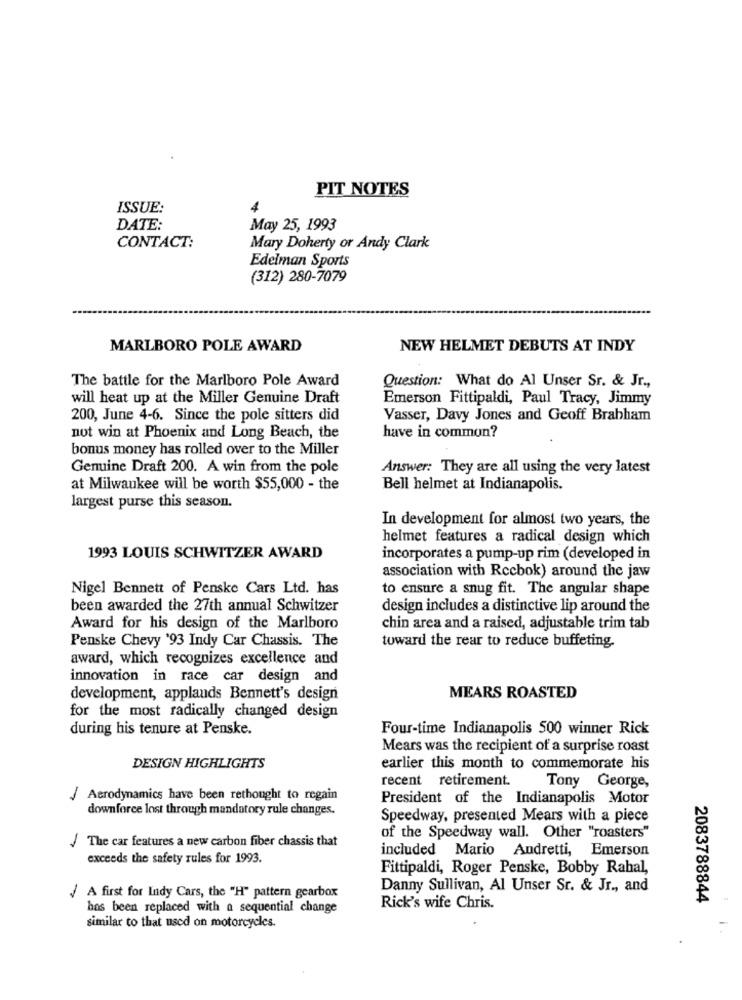
PIT NOTES
ISSUE:
4
DATE:
May 25, 1993
CONTACT:
Mary Doherty or Andy Clark
Edelman Sports
(312) 280-7079
MARLBORO POLE AWARD
NEW HELMET DEBUTS AT INDY
The battle for the Marlboro Pole Award
Question: What do Al Unser Sr. & Jr .,
will heat up at the Miller Genuine Draft
Emerson Fittipaldi, Paul Tracy, Jimmy
200, June 4-6. Since the pole sitters did
Vasser, Davy Jones and Geoff Brabham
have in common?
not win at Phoenix and Long Beach, the
bonus money has rolled over to the Miller
Genuine Draft 200. A win from the pole
Answer: They are all using the very latest
at Milwaukee will be worth $55,000 - the
Bell helmet at Indianapolis.
largest purse this season.
In development for almost two years, the
helmet features a radical design which
1993 LOUIS SCHWITZER AWARD
incorporates a pump-up rim (developed in
association with Rccbok) around the jaw
Nigel Bennett of Penske Cars Ltd. has
to ensure a snug fit. The angular shape
been awarded the 27th annual Schwitzer
design includes a distinctive lip around the
Award for his design of the Marlboro
chin area and a raised, adjustable trim tab
Penske Chevy '93 Indy Car Chassis. The
toward the rear to reduce buffeting.
award, which recognizes excellence and
innovation in race car design and
development, applauds Bennett's design
MEARS ROASTED
for the most radically changed design
during his tenure at Penske.
Four-time Indianapolis 500 winner Rick
Mears was the recipient of a surprise roast
DESIGN HIGHLIGHTS
earlier this month to commemorate his
recent retirement.
Tony George,
/ Aerodynamics have been rethought to regain
President of the Indianapolis Motor
downforce lost through mandatory rule changes.
Speedway, presented Mears with a piece
/ The car features a new carbon fiber chassis that
of the Speedway wall. Other "roasters"
included Mario Andretti, Emerson
exceeds the safety rules for 1993.
Fittipaldi, Roger Penske, Bobby Rahal,
Danny Sullivan, Al Unser Sr. & Jr ., and
/ A first for Indy Cars, the "H" pattern gearbox
2083788844
has been replaced with a sequential change
Rick's wife Chris.
similar to that used on motorcycles.